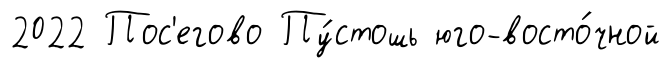
2022 Пос'егово Пу́стошь юго-восто́чной